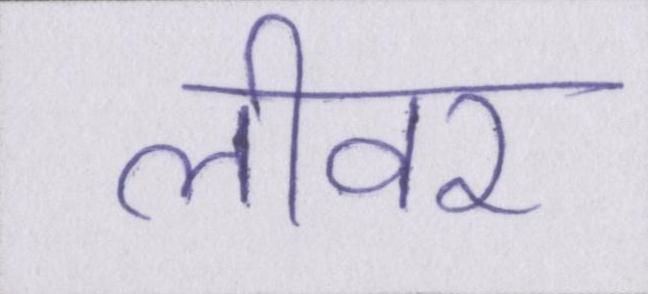
लीवर